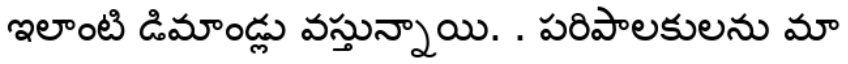
ఇలాంటి డిమాండ్లు వస్తున్నాయి. . పరిపాలకులను మా